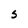
Character: S